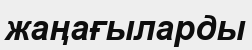
жаңағыларды